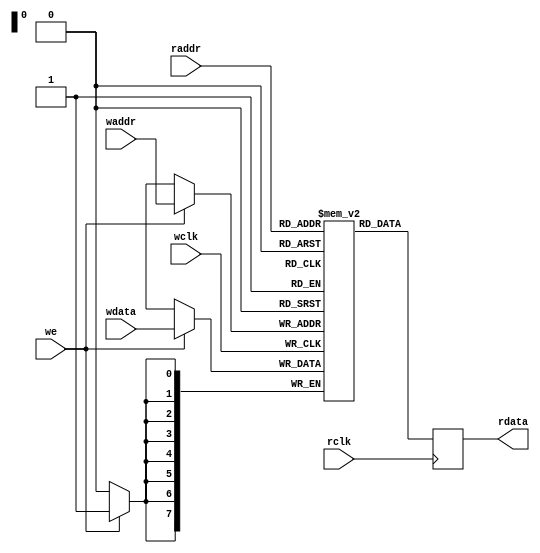
//-----------------------------------------------------------------------------
//
// Title       : 2 clock inferred ram with read and write port
// Design      : verilog
// Company     : N/A
//
//-----------------------------------------------------------------------------
//
//-----------------------------------------------------------------------------
//
// Description : 2 clock RAM with a read and write port. Used for async FIFO block.
//
//-----------------------------------------------------------------------------

module async_ram
  #
  (
   parameter WIDTH = 8,
   parameter DEPTH = 256
   )
   (
    input 		     we, wclk, rclk,
    input [$clog2(DEPTH) - 1:0] waddr, raddr,
    input [WIDTH - 1:0]      wdata,
    output reg [WIDTH - 1:0] rdata
   );
   reg [WIDTH - 1:0] 	     ram [DEPTH - 1:0];
   
   always @(posedge wclk) begin 
      if (we)
	ram[waddr] <= wdata;
   end

   always @(posedge rclk) begin 
      rdata <= ram[raddr];
   end

endmodule